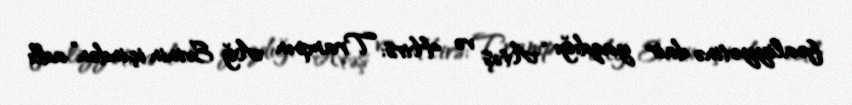
fəaliyyətinə dair yazdığı “Atəş və Hirs: Trampın Ağ Evinin içindən” adlı